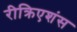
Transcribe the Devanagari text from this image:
रीक्रिएशंस